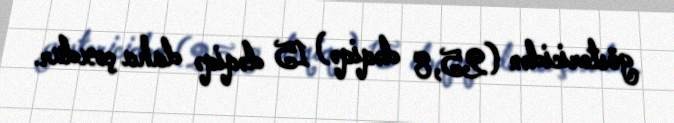
göstəricidən (25,8 dəqiqə) 15 dəqiqə daha çoxdur.